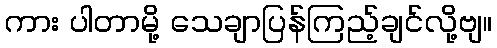
ကား ပါတာမို့ သေချာပြန်ကြည့်ချင်လို့ဗျ။